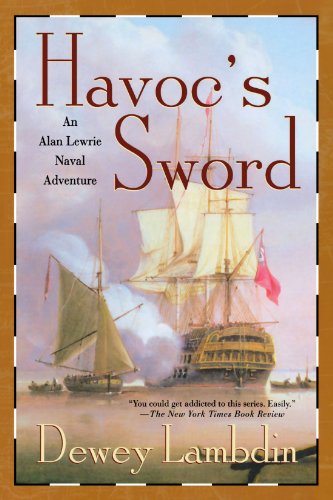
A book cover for Havoc's Sword: An Alan Lewrie Naval Adventure; Dewey Lambdin; Literature & Fiction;